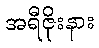
အရီဇိုးနား